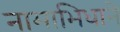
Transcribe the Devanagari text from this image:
नामाभिधाने